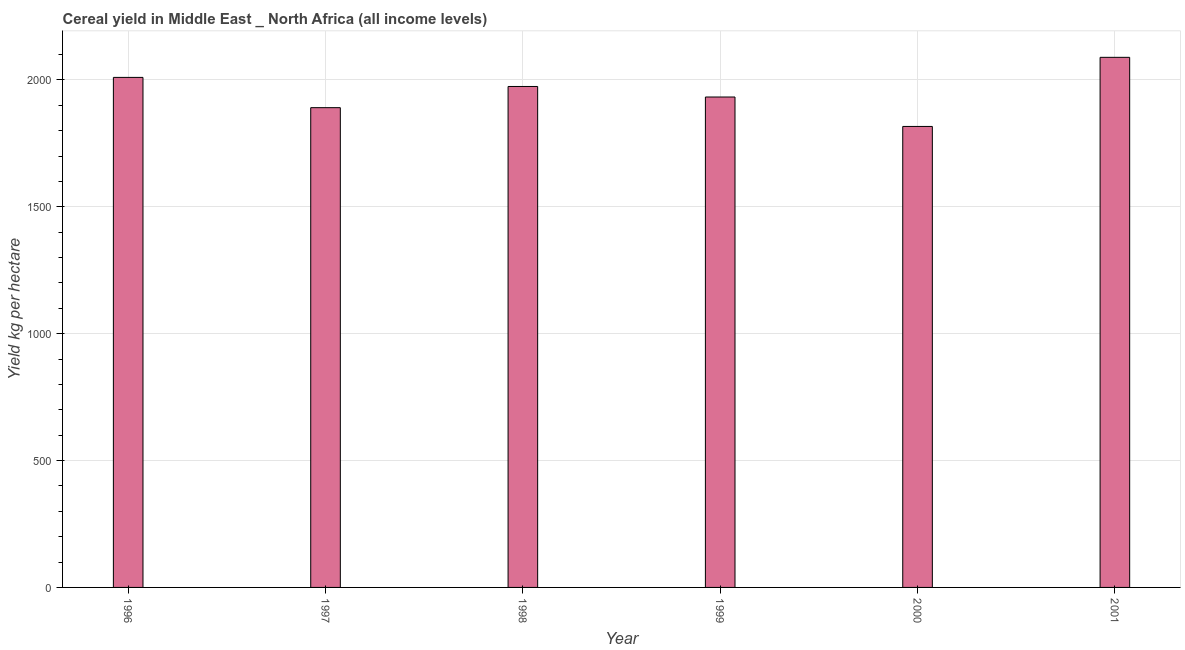
| Year | Cereal yield |
 | --- | --- |
 | 1996 | 2.01e+03 |
 | 1997 | 1.89e+03 |
 | 1998 | 1.97e+03 |
 | 1999 | 1.93e+03 |
 | 2000 | 1.82e+03 |
 | 2001 | 2.09e+03 |